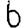
Digit: 6